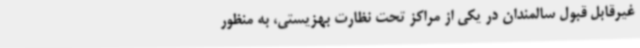
غیرقابل قبول سالمندان در یکی از مراکز تحت نظارت بهزیستی، به منظور